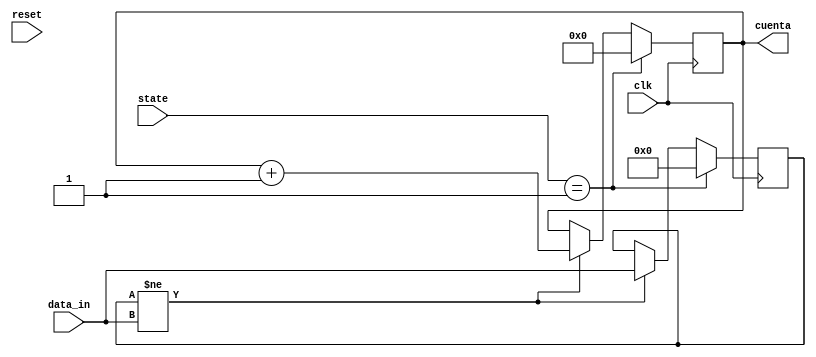
module contador(
		input [11:0] 	 data_in,
		input [3:0] 	 state,
		input 		 clk, reset,
		output reg [4:0] cuenta
		);
   reg [11:0] 			 detector;
   
   
   always @(posedge clk) begin
      if(state == 'b0001) begin
	 cuenta <= 0;
	 detector <= 0;
      end
      else
	if(detector != data_in) begin
	   cuenta <= cuenta + 1;
	   detector <= data_in;
	end
	else
	  cuenta <= cuenta;
   end // always @ (posedge clk)
	
endmodule // contador